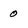
Character: o